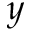
y